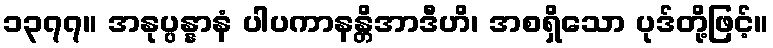
၁၃၇၇။ အနုပ္ပန္နာနံ ပါပကာနန္တိအာဒီဟိ၊ အစရှိသော ပုဒ်တို့ဖြင့်။